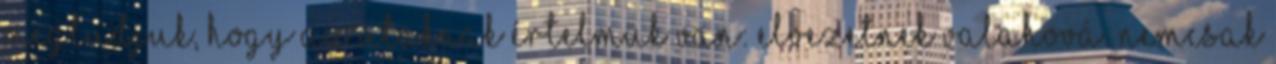
megtudjuk, hogy az utaknak értelmük van: elvezetnek valahová. Nemcsak